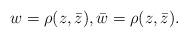
LaTeX: \begin{align*}w = \rho(z,\bar{z}), \bar{w} = \rho(z,\bar{z}) .\end{align*}